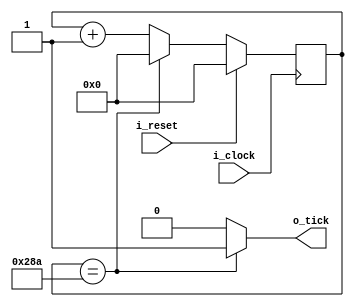


module tick_gen
#(
  parameter BAUD_RATE = 9600,
  parameter BOARD_CLK = 100000000,
  parameter TICK_RATE = BOARD_CLK/(BAUD_RATE*16),
  parameter CONT_NBITS = $clog2(TICK_RATE)
 )
 (
  input  i_clock,
  input  i_reset,
  output o_tick
 );



reg [CONT_NBITS-1 : 0] counter;


always @ (posedge i_clock) begin
    if (i_reset)
       counter <= 0;
    else if (counter == (TICK_RATE - 1))
    	counter <= 0;
    else
       counter <= counter + 1;
end

assign o_tick = ((counter == TICK_RATE-1)) ? 1'b1 : 1'b0;

endmodule